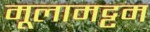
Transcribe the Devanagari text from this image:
मूलामट्टम